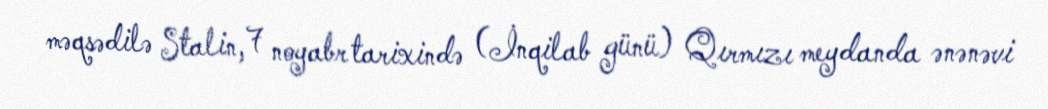
məqsədilə Stalin, 7 noyabr tarixində (İnqilab günü) Qırmızı meydanda ənənəvi